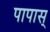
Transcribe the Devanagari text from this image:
पापास्